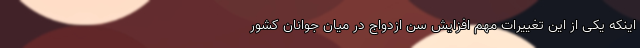
اینکه یکی از این تغییرات مهم افزایش سن ازدواج در میان جوانان کشور